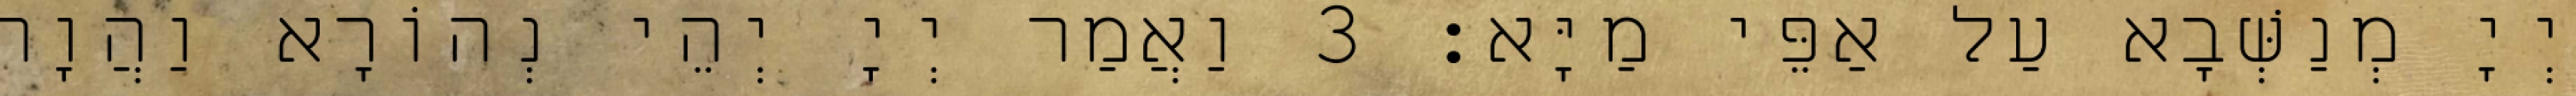
יְיָ מְנַשְּׁבָא עַל אַפֵּי מַיָּא׃ 3 וַאֲמַר יְיָ יְהֵי נְהוֹרָא וַהֲוָה